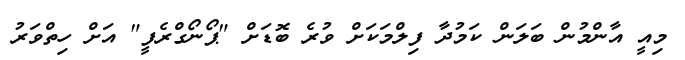
މިއީ އާންމުން ބަލަން ކަމުދާ ފިލްމަކަށް ވުރެ ބޮޑަށް "ޕޯނޯގްރެފީ" އަށް ހިތްވަރު